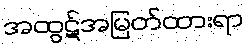
အထွဋ်အမြတ်ထားရာ